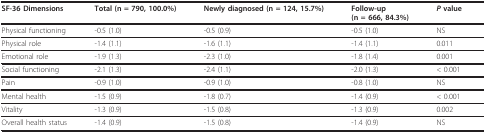
<table><thead><tr><td><b>SF-36 Dimensions</b></td><td><b>Total (n = 790, 100.0%)</b></td><td><b>Newly diagnosed (n = 124, 15.7%)</b></td><td><b>Follow-up(n = 666, 84.3%)</b></td><td><b><i>P </i>value</b></td></tr></thead><tbody><tr><td>Physical functioning</td><td>-0.5 (1.0)</td><td>-0.5 (0.9)</td><td>-0.5 (1.0)</td><td>NS</td></tr><tr><td>Physical role</td><td>-1.4 (1.1)</td><td>-1.6 (1.1)</td><td>-1.4 (1.1)</td><td>0.011</td></tr><tr><td>Emotional role</td><td>-1.9 (1.3)</td><td>-2.3 (1.0)</td><td>-1.8 (1.4)</td><td>0.001</td></tr><tr><td>Social functioning</td><td>-2.1 (1.3)</td><td>-2.4 (1.1)</td><td>-2.0 (1.3)</td><td>&lt; 0.001</td></tr><tr><td>Pain</td><td>-0.9 (1.0)</td><td>-0.9 (1.0)</td><td>-0.8 (1.0)</td><td>NS</td></tr><tr><td>Mental health</td><td>-1.5 (0.9)</td><td>-1.8 (0.7)</td><td>-1.4 (0.9)</td><td>&lt; 0.001</td></tr><tr><td>Vitality</td><td>-1.3 (0.9)</td><td>-1.5 (0.8)</td><td>-1.3 (0.9)</td><td>0.002</td></tr><tr><td>Overall health status</td><td>-1.4 (0.9)</td><td>-1.5 (0.8)</td><td>-1.4 (0.9)</td><td>NS</td></tr></tbody></table>